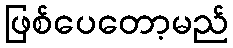
ဖြစ်ပေတော့မည်